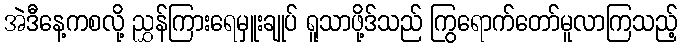
အဲဒီနေ့ကစလို့ ညွှန်ကြားရေမှူးချုပ် ရူသာဖို့ဒ်သည် ကြွရောက်တော်မူလာကြသည့်